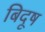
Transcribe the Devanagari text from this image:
बिदूष